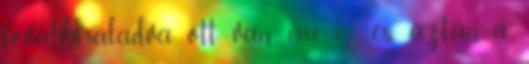
továbbhaladva ott van 1980 ? , és aztán a